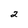
Character: 2